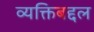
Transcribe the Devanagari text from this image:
व्यक्तिबद्दल